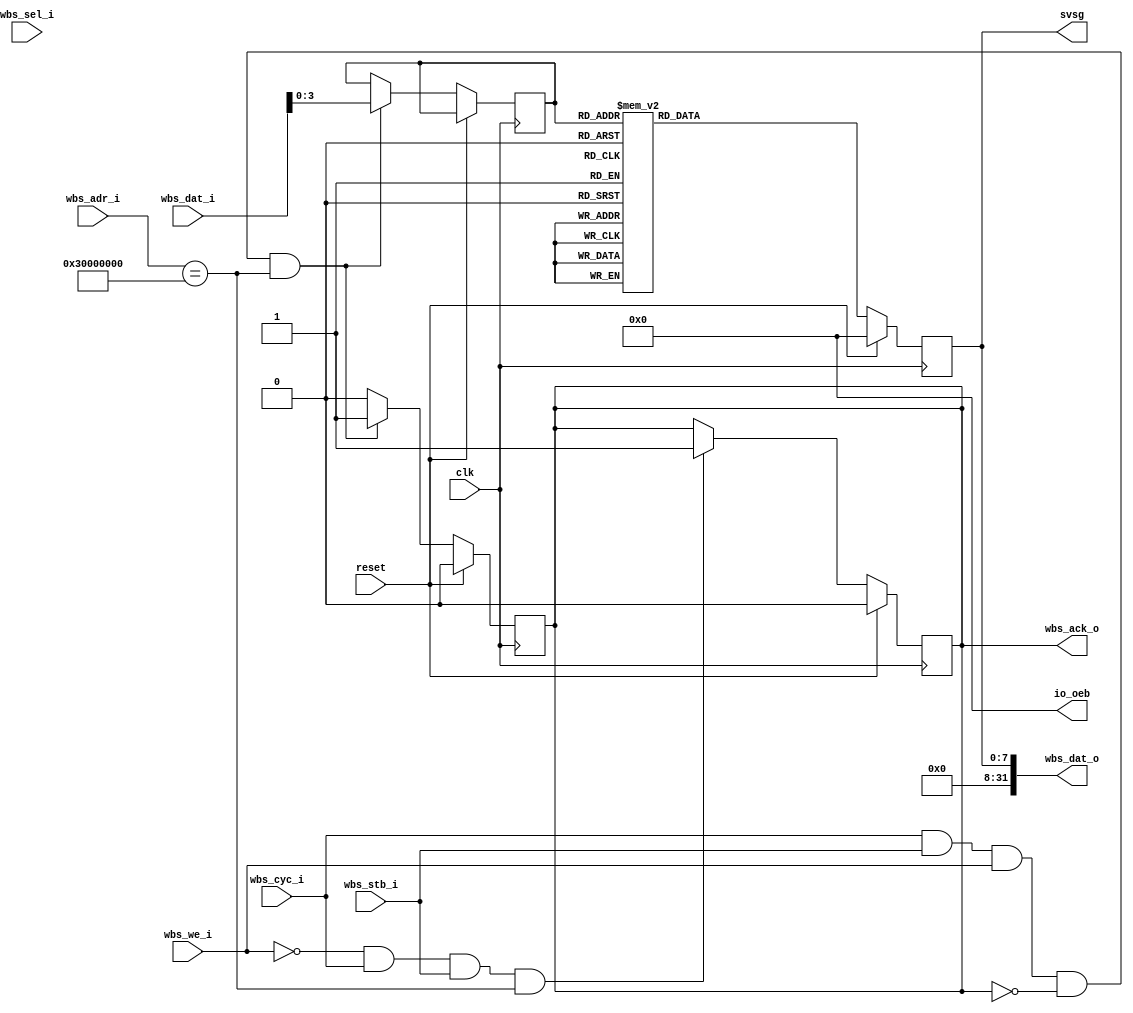
// SPDX-FileCopyrightText: 2020 Efabless Corporation
//
// Licensed under the Apache License, Version 2.0 (the "License");
// you may not use this file except in compliance with the License.
// You may obtain a copy of the License at
//
//      http://www.apache.org/licenses/LICENSE-2.0
//
// Unless required by applicable law or agreed to in writing, software
// distributed under the License is distributed on an "AS IS" BASIS,
// WITHOUT WARRANTIES OR CONDITIONS OF ANY KIND, either express or implied.
// See the License for the specific language governing permissions and
// limitations under the License.
// SPDX-License-Identifier: Apache-2.0

`default_nettype none
/*
 *-------------------------------------------------------------
 *
 * user_proj_example
 *
 * This is an example of a (trivially simple) user project,
 * showing how the user project can connect to the logic
 * analyzer, the wishbone bus, and the I/O pads.
 *
 * This project generates an integer count, which is output
 * on the user area GPIO pads (digital output only).  The
 * wishbone connection allows the project to be controlled
 * (start and stop) from the management SoC program.
 *
 * See the testbenches in directory "mprj_counter" for the
 * example programs that drive this user project.  The three
 * testbenches are "io_ports", "la_test1", and "la_test2".
 *
 *-------------------------------------------------------------
 */

module user_proj_example #(
    parameter   [31:0]  NUM    = 32'h3000_0000
    ) (
`ifdef USE_POWER_PINS
    inout vccd1,	// User area 1 1.8V supply
    inout vssd1,	// User area 1 digital ground
`endif
    input wire          clk,
    input wire          reset,

    // wishbone slave ports
    input wbs_stb_i,
    input wbs_cyc_i,
    input wbs_we_i,
    input [3:0] wbs_sel_i,
    input [31:0] wbs_dat_i,
    input [31:0] wbs_adr_i,
    output reg wbs_ack_o,
    output [31:0] wbs_dat_o,

    output reg [7:0]svsg,
    output [7:0] io_oeb
   
);
    reg [3:0]BCD;
    wire [3:0]wdata;
    reg [7:0]rdata;
    wire valid ;
    
    assign wdata = wbs_dat_i[3:0];
    assign wbs_dat_o = {{24{1'b0}},svsg};
    assign valid = wbs_cyc_i && wbs_stb_i;
    assign io_oeb = 8'd0;

//wishbone write

    always @(posedge clk ) begin
        if(reset) begin
          wbs_ack_o <=0;
            end
        else begin 
            wbs_ack_o <=0;
            if(valid && wbs_we_i && !wbs_ack_o && (wbs_adr_i == NUM)) begin
            wbs_ack_o <=1;
            BCD <= wdata[3:0];
            end
        end
    end

// wishbone read

    always@(posedge clk) begin
        if (reset) begin
            wbs_ack_o <=0;
        end
        else begin
        
        if ( !wbs_we_i && wbs_cyc_i && wbs_stb_i && (wbs_adr_i == NUM) ) begin
            wbs_ack_o <=1;
            rdata <= svsg;
            
        end
        end
    end
    always@(posedge clk) begin
        if(reset) begin
            svsg <= 8'h00;
        end

        else begin
            case (BCD)
                4'b0000:svsg<=8'b11111100;
                4'b0001:svsg<=8'b01100000;
                4'b0010:svsg<=8'b11011010;
                4'b0011:svsg<=8'b11110010;
                4'b0100:svsg<=8'b01100110;
                4'b0101:svsg<=8'b10110110;
                4'b0110:svsg<=8'b10111110;
                4'b0111:svsg<=8'b11100000;
                4'b1000:svsg<=8'b11111110;
                4'b1001:svsg<=8'b11110110;

                default:svsg<=8'b00000000;

               
            endcase
        end
    end


 /*  always@(posedge clk) begin
        if(reset) begin
            wbs_ack_o = 0;
        end
        else if(wbs_stb_i && wbs_cyc_i &&  (wbs_adr_i == NUM  )) begin
            wbs_ack_o = 1;
        end
    end*/

    
endmodule

`default_nettype wire